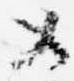
メ